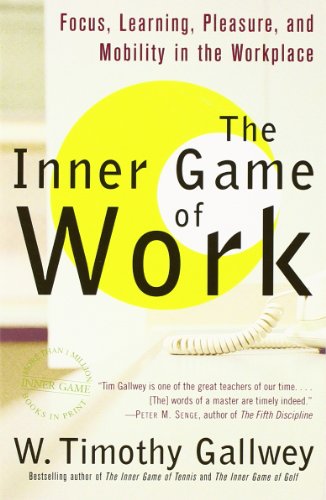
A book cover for The Inner Game of Work: Focus, Learning, Pleasure, and Mobility in the Workplace; W. Timothy Gallwey; Health, Fitness & Dieting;